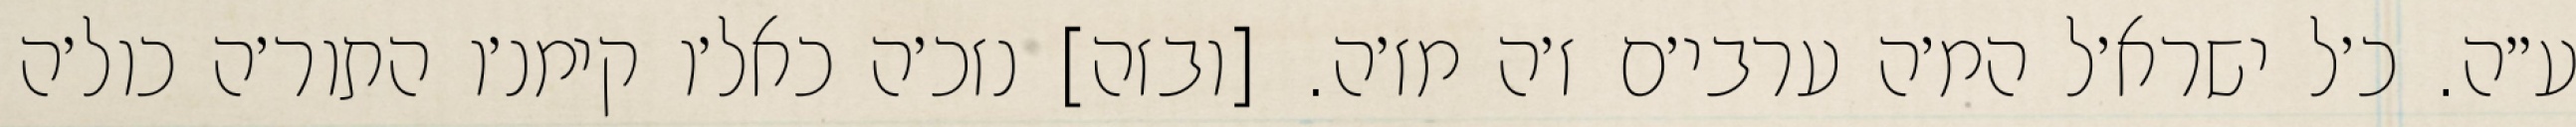
ע״ה. כ׳ל ישרא׳ל המ׳ה ערבי׳ם ז׳ה מז׳ה. [ובזה] נזכ׳ה כאל׳ו קימנ׳ו התור׳ה כול׳ה